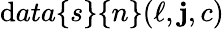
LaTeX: \mathrm{d}ata\{ s\} \{ n\} (\ell,\mathbf{{j}},c)